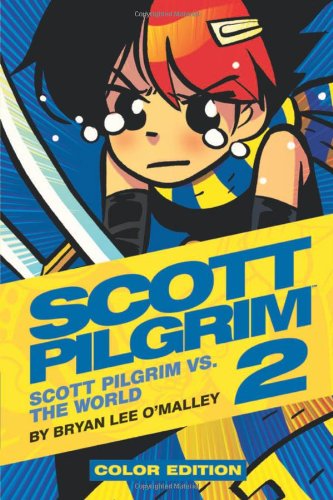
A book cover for Scott Pilgrim Color Hardcover Volume 2: Vs. The World; Bryan Lee O'Malley; Comics & Graphic Novels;